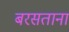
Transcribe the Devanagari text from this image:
बरसताना